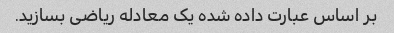
بر اساس عبارت داده شده یک معادله ریاضی بسازید.